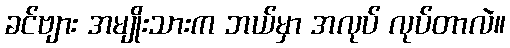
ခင်ဗျား အမျိုးသားက ဘယ်မှာ အလုပ် လုပ်တာလဲ။